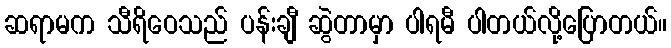
ဆရာမက သီရိဝေသည် ပန်းချီ ဆွဲတာမှာ ပါရမီ ပါတယ်လို့ပြောတယ်။